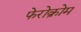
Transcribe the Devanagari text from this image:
फेरोक्रोम